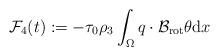
LaTeX: \begin{align*}\mathcal{F}_{4}(t) := -\tau_{0} \rho_{3} \int_{\Omega} q \cdot \mathcal{B}_{\mathrm{rot}} \theta \mathrm{d} x \end{align*}